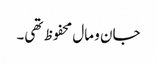
جان و مال محفوظ تھی۔